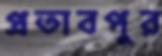
প্রতাবপুর